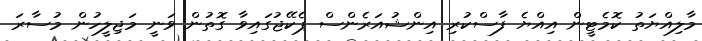
މާލިއްޔަތު ކޮމެޓީން އިއްޔެ ފާސްކުރި އިންޝުއަރެންސް ޕެކޭޖުގައިވާ ގޮތުން ވަނީ މަޖިލީހުން މުސާރަ